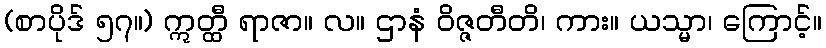
(စာပိုဒ် ၅၇။) ဣတ္ထီ ရာဇာ။ လ။ ဌာနံ ဝိဇ္ဇတီတိ၊ ကား။ ယသ္မာ၊ ကြောင့်။